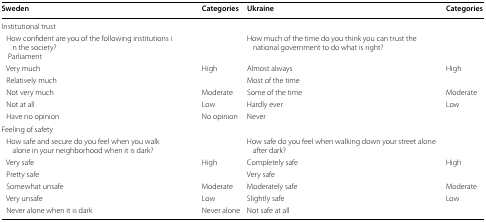
| Sweden | Categories | Ukraine | Categories |
 | --- | --- | --- | --- |
 | <COLSPAN=4> Institutional trust |
 | How confident are you of the following institutions in the society?Parliament |  | How much of the time do you think you can trust the national government to do what is right? |  |
 | Very much | <ROWSPAN=2> High | Almost always | <ROWSPAN=2> High |
 | Relatively much | Most of the time |
 | Not very much | Moderate | Some of the time | Moderate |
 | Not at all | Low | Hardly ever | Low |
 | Have no opinion | No opinion | Never |  |
 | <COLSPAN=4> Feeling of safety |
 | How safe and secure do you feel when you walk alone in your neighborhood when it is dark? |  | How safe do you feel when walking down your street alone after dark? |  |
 | Very safe | <ROWSPAN=2> High | Completely safe | <ROWSPAN=2> High |
 | Pretty safe | Very safe |
 | Somewhat unsafe | Moderate | Moderately safe | Moderate |
 | Very unsafe | Low | Slightly safe | <ROWSPAN=2> Low |
 | Never alone when it is dark | Never alone | Not safe at all |